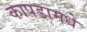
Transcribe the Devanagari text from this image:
कापडामधे